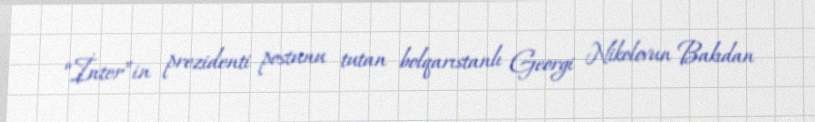
“İnter”in prezidenti postunu tutan bolqarıstanlı Georgi Nikolovun Bakıdan